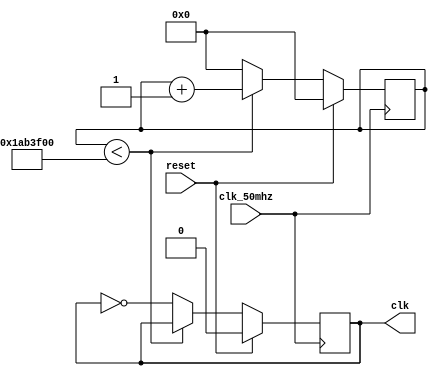
module divisorClk(clk_50mhz, clk, reset);
	input clk_50mhz;
	input reset;
	output reg clk = 0;
	reg [25:0] cont = 0;

	always @(posedge clk_50mhz) begin
		 if (reset) begin
			  cont <= 20'd0;
			  clk <= 0;
		 end else begin
			  if (cont < 28000000) begin
					cont <= cont + 20'd1;
			  end else begin
					cont <= 0;
					clk <= ~clk;
			  end
		 end
	end
endmodule